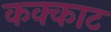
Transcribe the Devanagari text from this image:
कक्काट